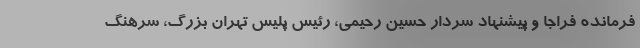
فرمانده فراجا و پیشنهاد سردار حسین رحیمی، رئیس پلیس تهران بزرگ، سرهنگ